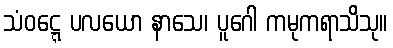
သံဝဋ္ဋေ ပလယော နာသေ၊ ပူဂေါ ကမုကရာသိသု။